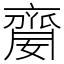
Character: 䶒